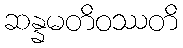
ဆန္နမတိဝဿတိ